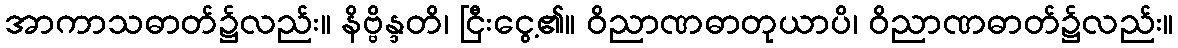
အာကာသဓာတ်၌လည်း။ နိဗ္ဗိန္ဒတိ၊ ငြီးငွေ့၏။ ဝိညာဏဓာတုယာပိ၊ ဝိညာဏဓာတ်၌လည်း။